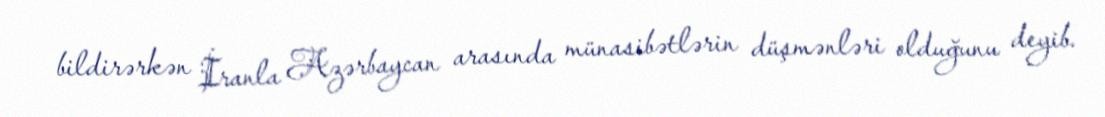
bildirərkən İranla Azərbaycan arasında münasibətlərin düşmənləri olduğunu deyib.